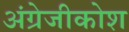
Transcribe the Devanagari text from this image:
अंग्रेजीकोश